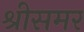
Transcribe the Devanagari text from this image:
श्रीसमर